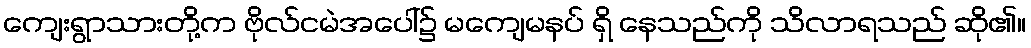
ကျေးရွာသားတို့က ဗိုလ်ငမဲအပေါ်၌ မကျေမနပ် ရှိ နေသည်ကို သိလာရသည် ဆို၏။